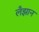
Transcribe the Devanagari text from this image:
लँझान